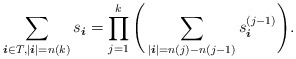
\begin{align*} \sum_{\boldsymbol{i} \in T, | \boldsymbol{i} | = n(k) } s_{ \boldsymbol{i} } = \prod_{j=1}^k \Bigg( \sum_{| \boldsymbol{i} | = n(j) - n(j-1) } s^{(j-1)}_{ \boldsymbol{i} } \Bigg) .\end{align*}